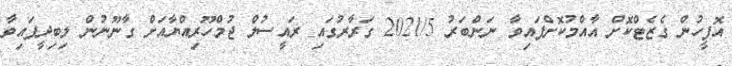
އޮފީހުން ގެޒެޓްކޮށް އާއްމުކޮށްފައިވާ ނަންބަރު 2021/5 ގަރާރުގައި ރައީސުލް ޖުމްހޫރިއްޔާއަށް ގާނޫނުން ލިބިދީފައިވާ